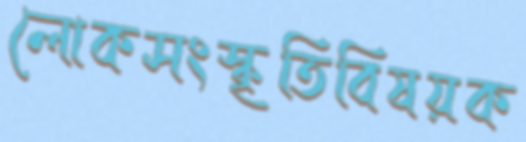
লোকসংস্কৃতিবিষয়ক